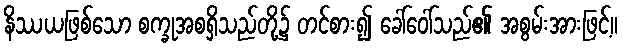
နိဿယဖြစ်သော စက္ခုအစရှိသည်တို့၌ တင်စား၍ ခေါ်ဝေါ်သည်၏ အစွမ်းအားဖြင့်။